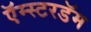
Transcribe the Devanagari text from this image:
ऍम्स्टरडॅम